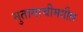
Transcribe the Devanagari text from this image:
मुतागाचीमधील